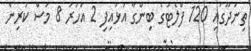
ތިނަދޫގައި 120 ފްލެޓުގެ ބިންގާ އަޅައިފި 2 އަހަރު 8 މަސް ކުރިން